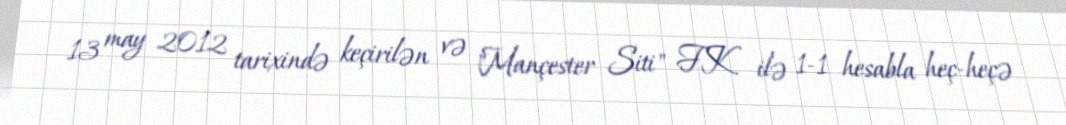
13 may 2012 tarixində keçirilən və "Mançester Siti" FK ilə 1-1 hesabla heç-heçə